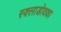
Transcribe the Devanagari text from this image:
स्क्लाडोवका